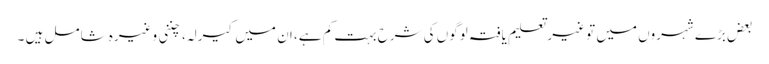
بعض بڑے شہروں میں تو غیر تعلیم یافتہ لوگوں کی شرح بہت کم ہے، ان میں کیرلہ، چننی وغیرہ شامل ہیں ۔